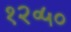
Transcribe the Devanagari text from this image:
१२॰५०